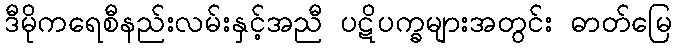
ဒီမိုကရေစီနည်းလမ်းနှင့်အညီ ပဋိပက္ခများအတွင်း ဓာတ်မြေ